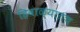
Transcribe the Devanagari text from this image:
हिवाळ्यातच